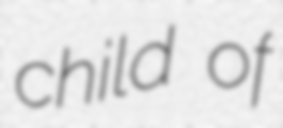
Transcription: child of